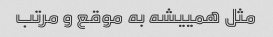
مثل همییشه به موقع و مرتب